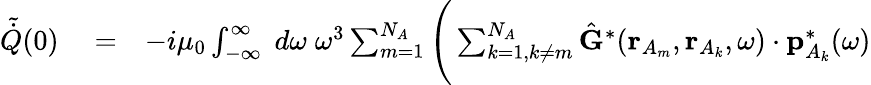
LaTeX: \begin{array}{rlr}{\tilde{\dot{Q}}(0)}&{{}=}&{-i\mu_{0}\int_{-\infty}^{\infty}\; d\omega\; \omega^{3}\sum_{m=1}^{N_{A}}\Bigg(\sum_{k=1,k\neq m}^{N_{A}}\hat{\mathbf{G}}^{*}(\mathbf{r}_{A_{m}},\mathbf{r}_{A_{k}},\omega)\cdot\mathbf{p}_{{A_{k}}}^{*}(\omega)}\end{array}